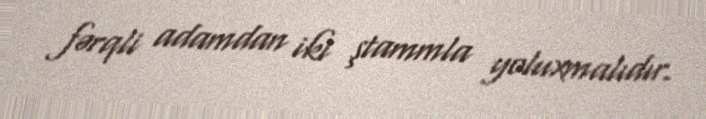
fərqli adamdan iki ştammla yoluxmalıdır.